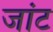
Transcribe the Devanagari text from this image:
जांट